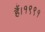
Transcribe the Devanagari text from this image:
हैं।१९९१